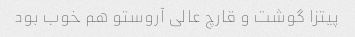
پیتزا گوشت و قارچ عالی آروستو هم خوب بود